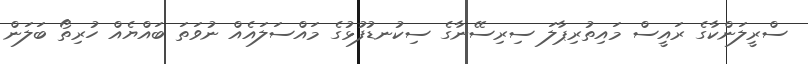
ސްރީލަންކާގެ ރައީސް މައިތުރިޕާލަ ސިރިސޭނާގެ ސިކުނޑުފުޅުގެ މައްސަލައެއް ނުވަތަ ބައްޔެއް ހުރިތޯ ބަލަން